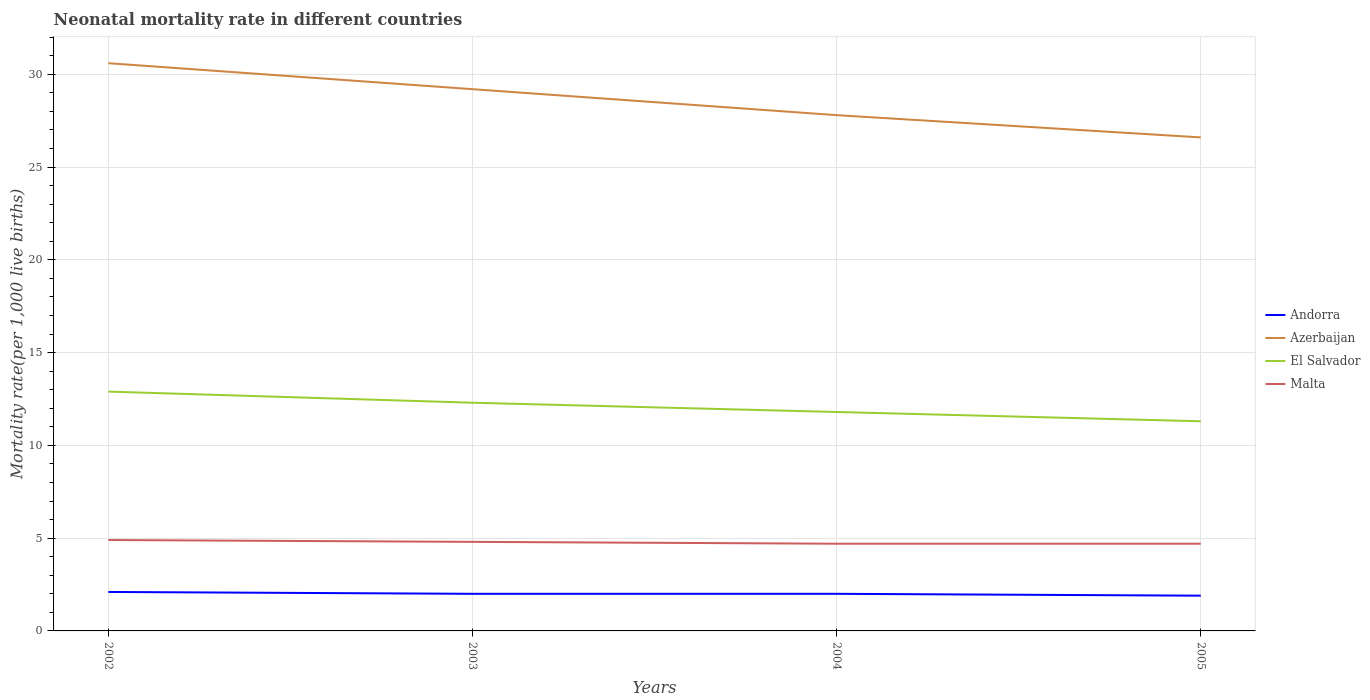
| Years | Andorra | Azerbaijan | El Salvador | Malta |
 | --- | --- | --- | --- | --- |
 | 2002 | 2.1 | 30.6 | 12.9 | 4.9 |
 | 2003 | 2 | 29.2 | 12.3 | 4.8 |
 | 2004 | 2 | 27.8 | 11.8 | 4.7 |
 | 2005 | 1.9 | 26.6 | 11.3 | 4.7 |